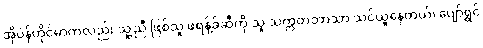
အိုပဲန်ဟိုင်မာကလည်း သူ့ညီ ဖြစ်သူ ဖရဲန့်ခ်ဆီကို သူ သက္ကတဘာသာ သင်ယူနေတယ်၊ ပျော်ရွှင်